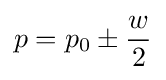
p=p_{0}\pm {\frac {w}{2}}